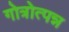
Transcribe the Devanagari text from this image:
गोत्रोत्पन्न